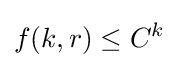
f(k,r)\leq C^{k}